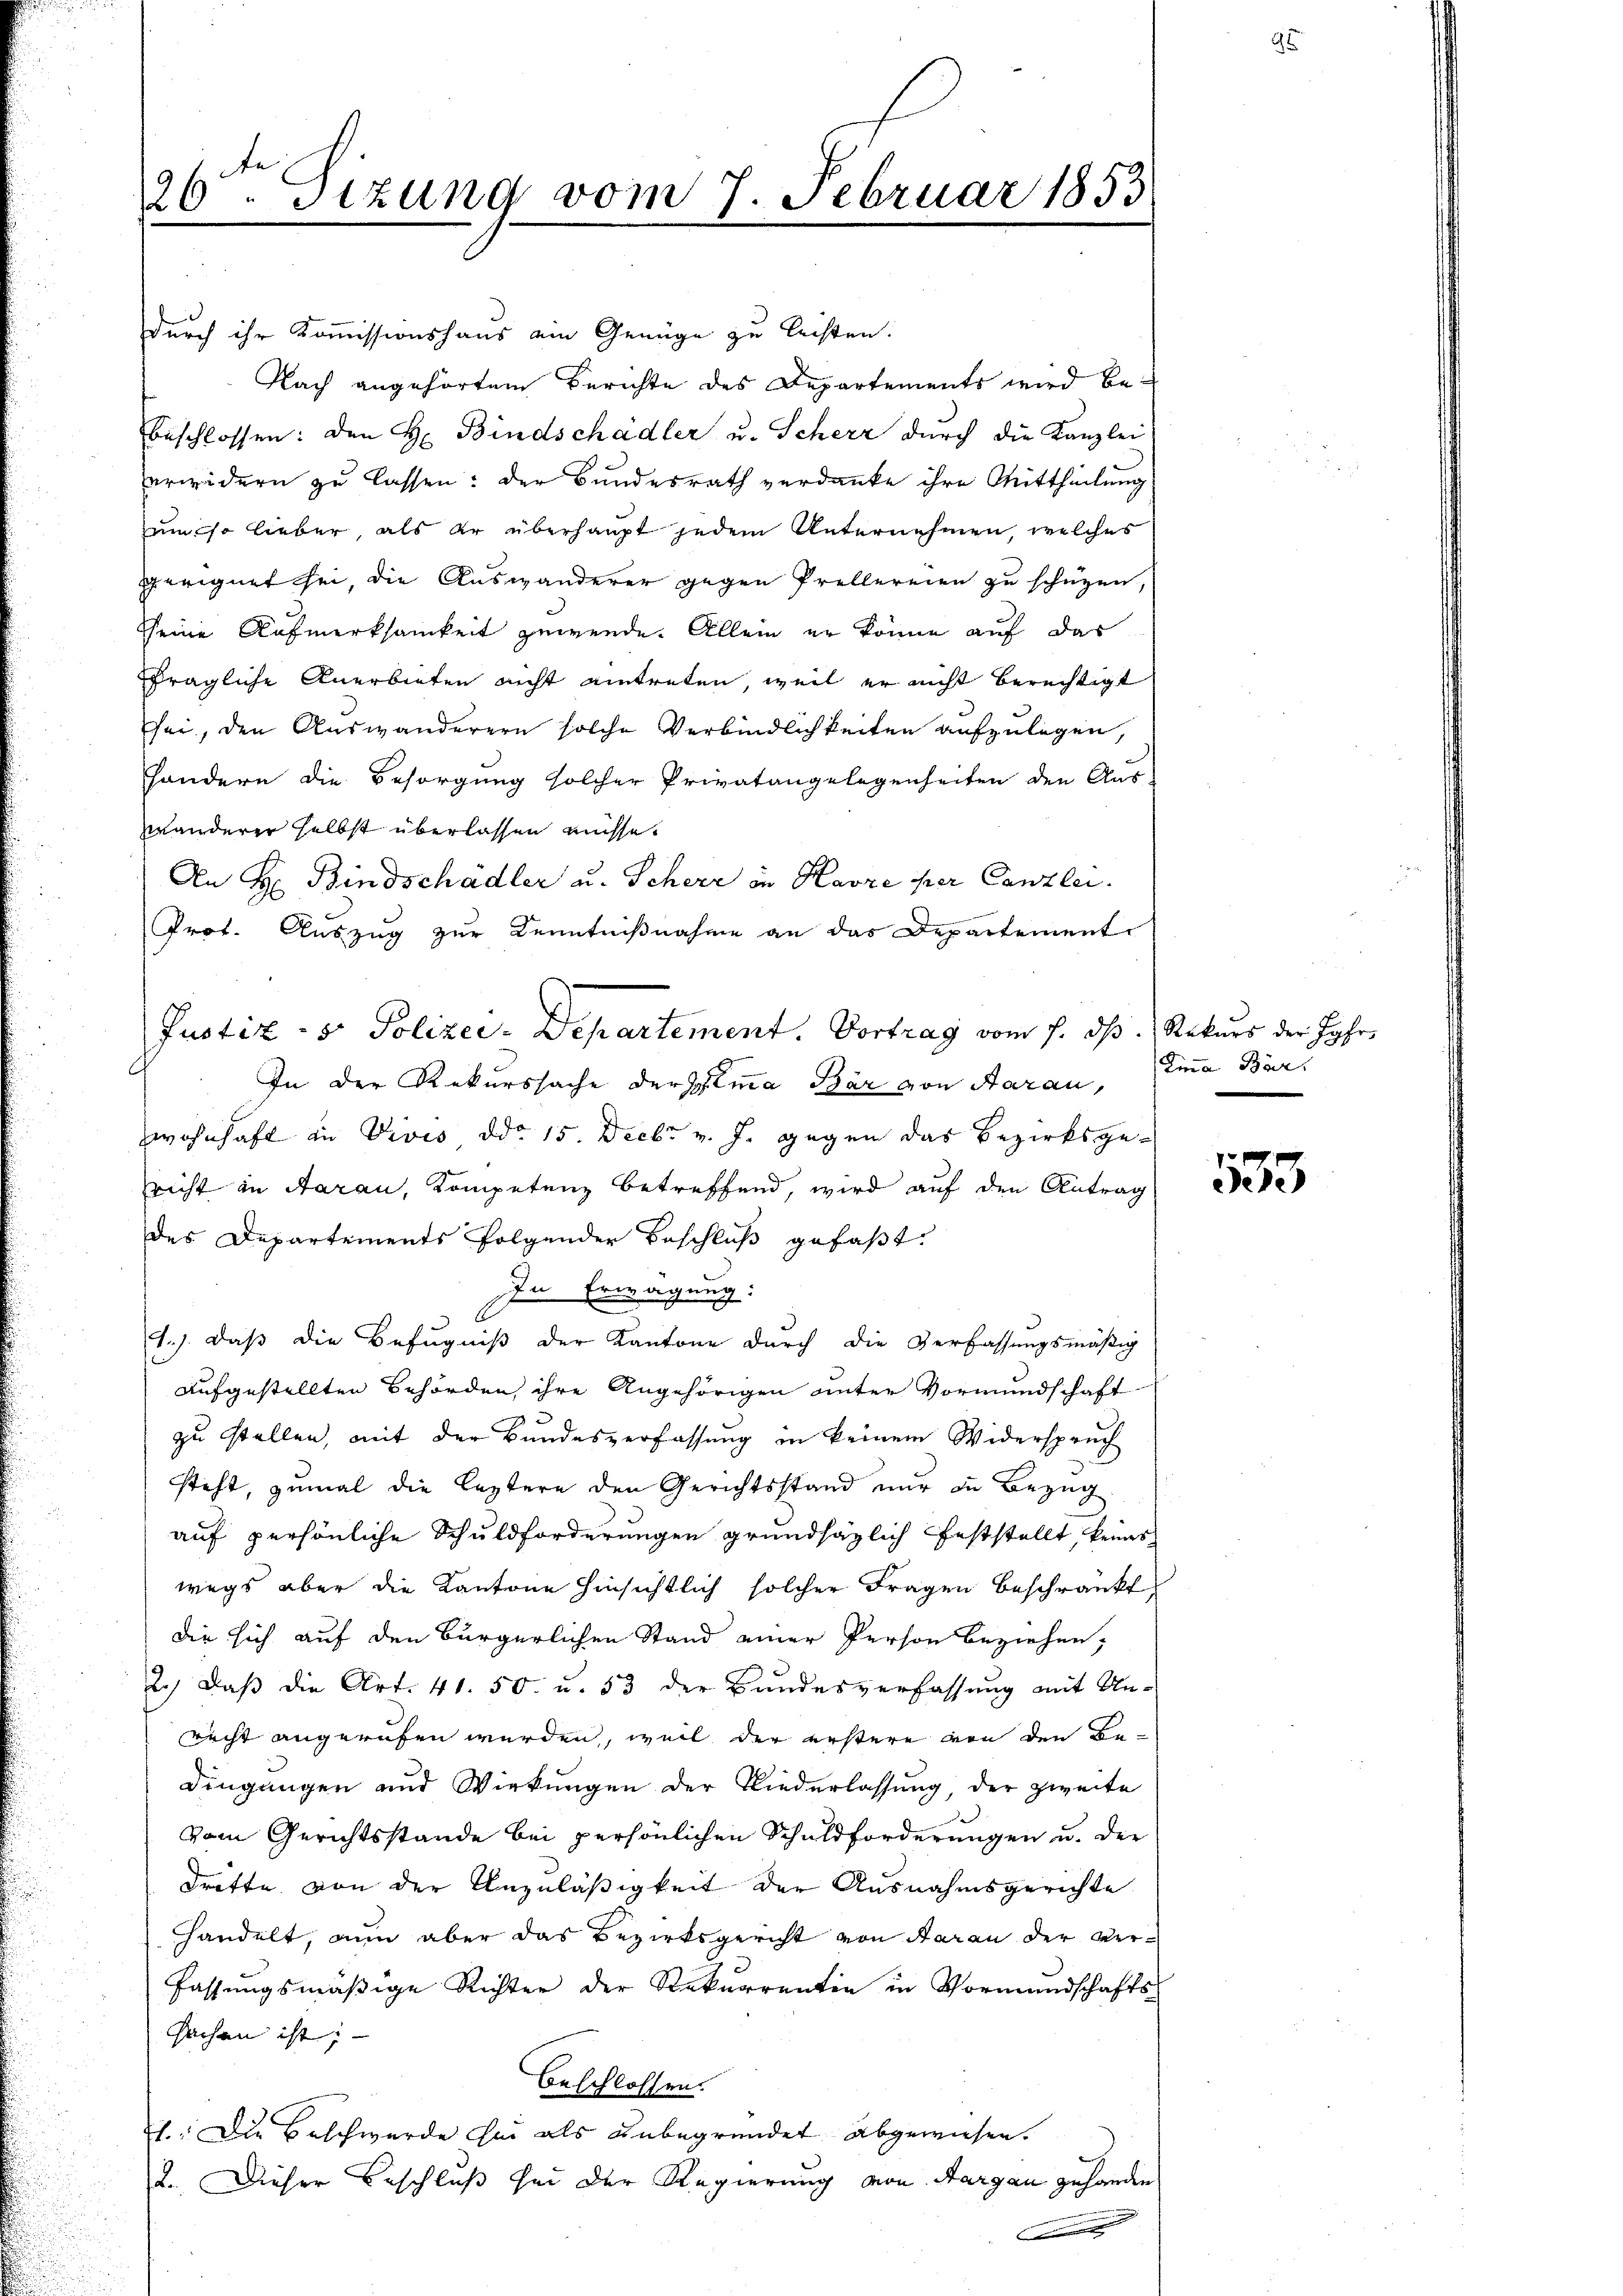
26. Sitzung vom 7. Februar 1853.
.

durch ihr Kommissionshaus ein Genüge zu leisten.
Nach angehörtem Berichte des Departements wird bebeschlossen: den H. Bindschadler u. Scherz durch die Kanzlei
erwidern zu lassen: der Bundesrath verdanke ihre Mittheilung
um so lieber, als er überhaupt jedem Unternehmen, welches
geeignet sei, die Auswanderer gegen Prellereien zu schützen,
seine Aufmerksamkeit gewende. Allein er könne auf das
fragliche Anerbieten nicht eintreten, weil er nicht berechtigt
sei, den Auswanderern solche Verbindlichkeiten aufzulegen,
sondern die Besorgung solcher Privatangelegenheiten den Aus-
wanderer selbst überlassen müsse.
An H: Bindschadler u. Scherz in Havre per Canzlei.
Prot. Auszug zur Kenntnißnahme an das Departement
In der Rekurssache der Gemma Bär von Aarau,
Zwohnhaft in Vivis ddo 15. Decbr v. J. gegen das Bezirksgericht in Aarau, Kompetenz betreffend, wird auf den Antrag
des Departements folgender Beschluß gefaßt
In Erwägung:
1.) daß die Befugniß der Kantone durch die Verfassungsmäßig
aufgestellten Behörden, ihre Angehörigen unter Vormundschaft

zu stellen, mit der Bundesverfassung in keinem Widerspruch
steht, zumal die leztere den Gerichtsstand nur in Bezug
auf persönliche Schuldforderungen grundsätzlich feststellt, keiner
wegs aber die Kantone hinsichtlich solcher Fragen beschränkt,
die sich auf den Bürgerlichen Stand einer Person beziehen,
2.) Daß die Art. 41. 50 u. 53 der Bundesverfassung mit Unricht angerufen werden, weil der erstere von den Be-
dingungen und Wirkungen der Niederlassung, der zweite
vom Gerichtsstande bei persönlichen Schuldforderungen u. der
drette von der Unzuläßigkeit der Ausnahmsgerichte
handelt, nun aber das Bezirksgericht von daran der Ver¬
Fassungsmäßige Richter der Rekurrenten in Vormundschafts-
sachen ist;
beschlossen.
1.: Die Beschwerde sei als unbegründet abgewiesen.
2. Dieser Beschluß sei der Regierung von Aargau gehanden
 f x

Justiz- & Polizei-Departement. Vortrag vom 7. ds. Rekurs der Jahrs

Lina Bar.

533